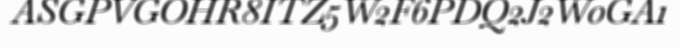
ASGPVGOHR8ITZ5W2F6PDQ2J2W0GA1